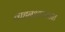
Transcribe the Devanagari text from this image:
वाहनअपघातात